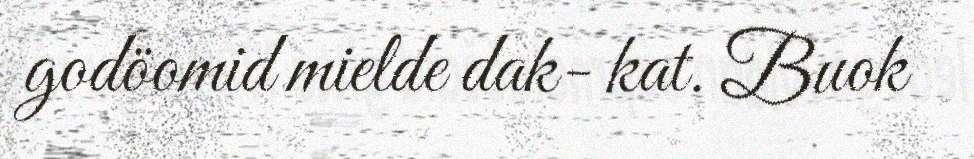
godöomid mielde dak- kat. Buok